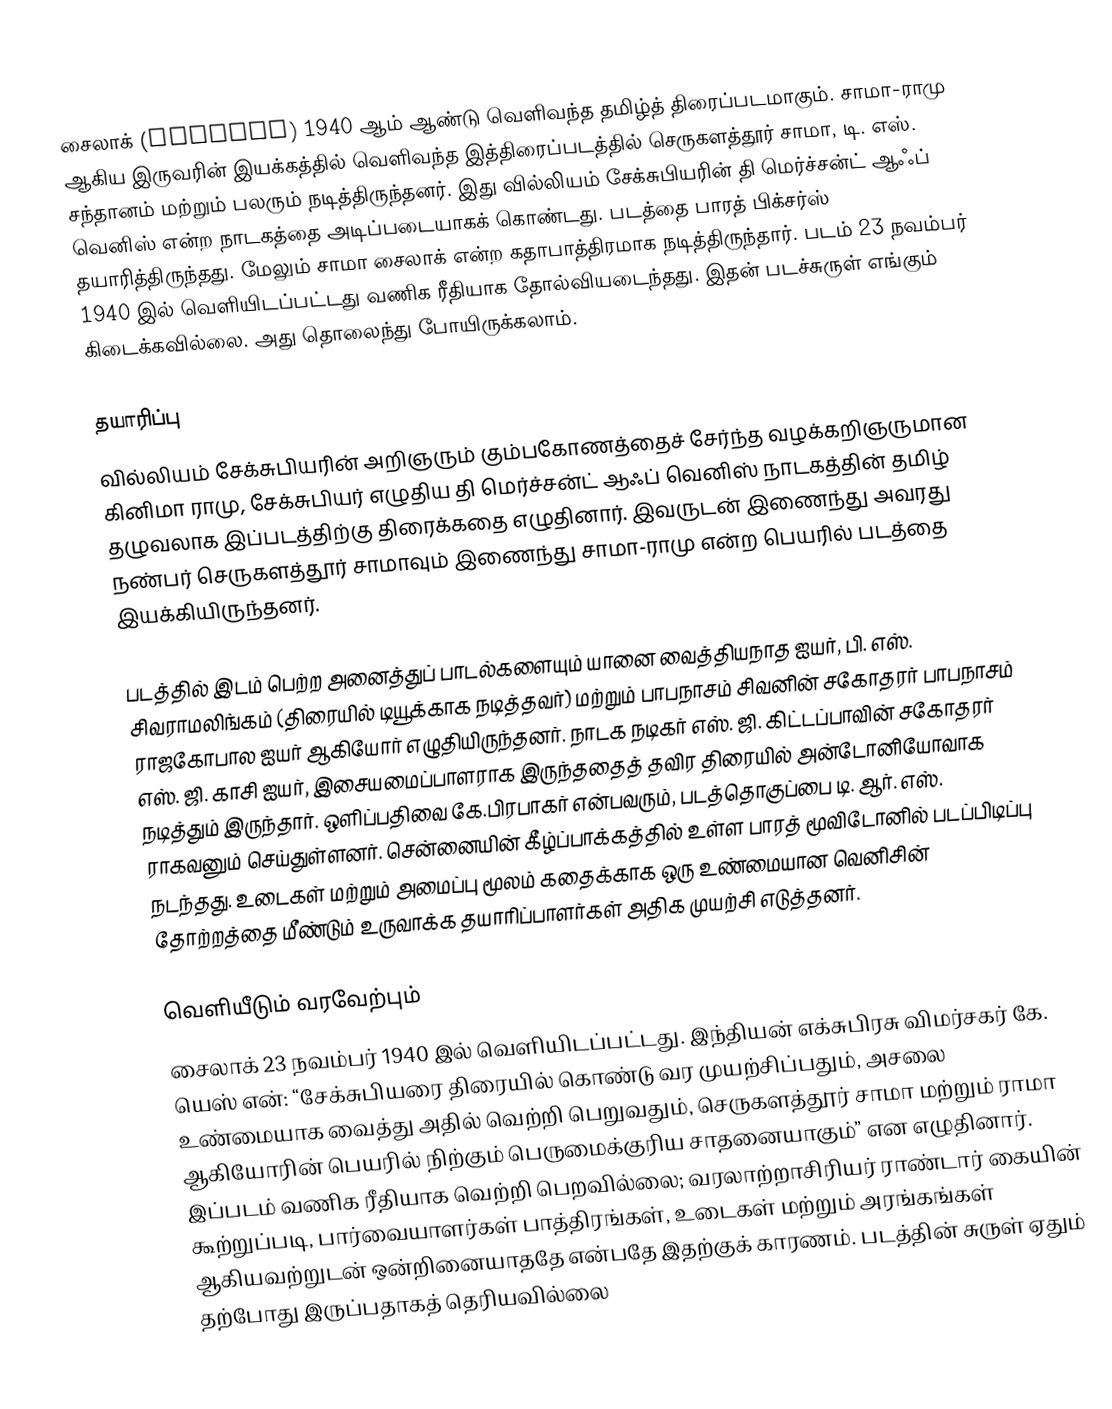
சைலாக் (Shylock) 1940 ஆம் ஆண்டு வெளிவந்த தமிழ்த் திரைப்படமாகும். சாமா-ராமு ஆகிய இருவரின் இயக்கத்தில் வெளிவந்த இத்திரைப்படத்தில் செருகளத்தூர் சாமா, டி. எஸ். சந்தானம் மற்றும் பலரும் நடித்திருந்தனர். இது வில்லியம் சேக்சுபியரின் தி மெர்ச்சன்ட் ஆஃப் வெனிஸ் என்ற நாடகத்தை அடிப்படையாகக் கொண்டது. படத்தை பாரத் பிக்சர்ஸ் தயாரித்திருந்தது. மேலும் சாமா சைலாக் என்ற கதாபாத்திரமாக நடித்திருந்தார். படம் 23 நவம்பர் 1940 இல் வெளியிடப்பட்டது வணிக ரீதியாக தோல்வியடைந்தது. இதன் படச்சுருள் எங்கும் கிடைக்கவில்லை. அது தொலைந்து போயிருக்கலாம்.

தயாரிப்பு
வில்லியம் சேக்சுபியரின் அறிஞரும் கும்பகோணத்தைச் சேர்ந்த வழக்கறிஞருமான கினிமா ராமு, சேக்சுபியர் எழுதிய தி மெர்ச்சன்ட் ஆஃப் வெனிஸ் நாடகத்தின் தமிழ் தழுவலாக இப்படத்திற்கு திரைக்கதை எழுதினார். இவருடன் இணைந்து அவரது நண்பர் செருகளத்தூர் சாமாவும் இணைந்து சாமா-ராமு என்ற பெயரில் படத்தை இயக்கியிருந்தனர்.

படத்தில் இடம் பெற்ற அனைத்துப் பாடல்களையும் யானை வைத்தியநாத ஐயர், பி. எஸ். சிவராமலிங்கம் (திரையில் டியூக்காக நடித்தவர்) மற்றும் பாபநாசம் சிவனின் சகோதரர் பாபநாசம் ராஜகோபால ஐயர் ஆகியோர் எழுதியிருந்தனர். நாடக நடிகர் எஸ். ஜி. கிட்டப்பாவின் சகோதரர் எஸ். ஜி. காசி ஐயர், இசையமைப்பாளராக இருந்ததைத் தவிர திரையில் அன்டோனியோவாக நடித்தும் இருந்தார். ஒளிப்பதிவை கே.பிரபாகர் என்பவரும், படத்தொகுப்பை டி. ஆர். எஸ். ராகவனும் செய்துள்ளனர். சென்னையின் கீழ்ப்பாக்கத்தில் உள்ள பாரத் மூவிடோனில் படப்பிடிப்பு நடந்தது.  உடைகள் மற்றும் அமைப்பு மூலம் கதைக்காக ஒரு உண்மையான வெனிசின் தோற்றத்தை மீண்டும் உருவாக்க தயாரிப்பாளர்கள் அதிக முயற்சி எடுத்தனர்.

வெளியீடும் வரவேற்பும்
சைலாக் 23 நவம்பர் 1940 இல் வெளியிடப்பட்டது. இந்தியன் எக்சுபிரசு விமர்சகர் கே. யெஸ் என்: “சேக்சுபியரை திரையில் கொண்டு வர முயற்சிப்பதும், அசலை உண்மையாக வைத்து அதில் வெற்றி பெறுவதும், செருகளத்தூர் சாமா மற்றும் ராமா ஆகியோரின் பெயரில் நிற்கும் பெருமைக்குரிய சாதனையாகும்” என எழுதினார். இப்படம் வணிக ரீதியாக வெற்றி பெறவில்லை; வரலாற்றாசிரியர் ராண்டார் கையின் கூற்றுப்படி, பார்வையாளர்கள் பாத்திரங்கள், உடைகள் மற்றும் அரங்கங்கள் ஆகியவற்றுடன் ஒன்றினையாததே என்பதே இதற்குக் காரணம். படத்தின் சுருள் ஏதும் தற்போது இருப்பதாகத் தெரியவில்லை